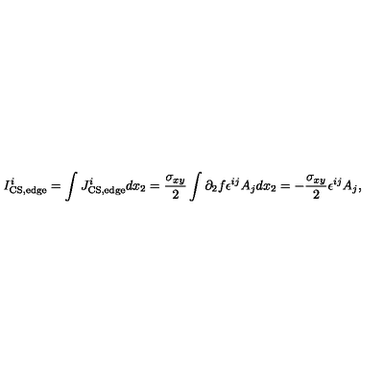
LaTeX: I _ { \mathrm { C S , e d g e } } ^ { i } = \int J _ { \mathrm { C S , e d g e } } ^ { i } d x _ { 2 } = { \frac { \sigma _ { x y } } { 2 } } \int \partial _ { 2 } f \epsilon ^ { i j } A _ { j } d x _ { 2 } = - { \frac { \sigma _ { x y } } { 2 } } \epsilon ^ { i j } A _ { j } ,